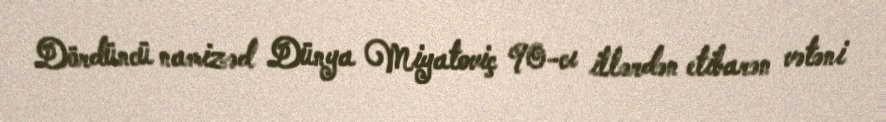
Dördüncü namizəd Dünya Miyatoviç 90-cı illərdən etibarən vətəni